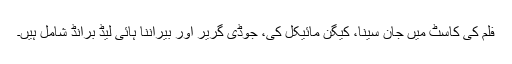
فلم کی کاسٹ میں جان سینا، کیگن مائیکل کی، جوڈی گریر اور بیراننا ہائی لیڈ برانڈ شامل ہیں۔